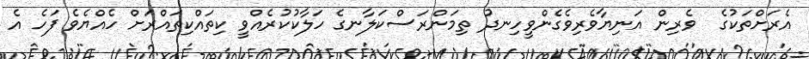
އެރަށްތަކުގެ  ވެރިން އަނިޔާވެރިވެގެންވީހިނދު ތިމަންރަސްކަލާނގެ ހަލާކުކުރެއްވީ ކިތައްކިތައްރަށް ހެއްޔެވެ ފަހެ އެ